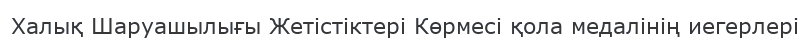
Халық Шаруашылығы Жетістіктері Көрмесі қола медалінің иегерлері